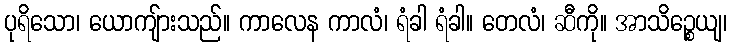
ပုရိသော၊ ယောကျ်ားသည်။ ကာလေန ကာလံ၊ ရံခါ ရံခါ။ တေလံ၊ ဆီကို။ အာသိဉ္စေယျ၊